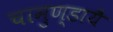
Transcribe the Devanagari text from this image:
चामुण्डायै